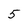
Character: 5